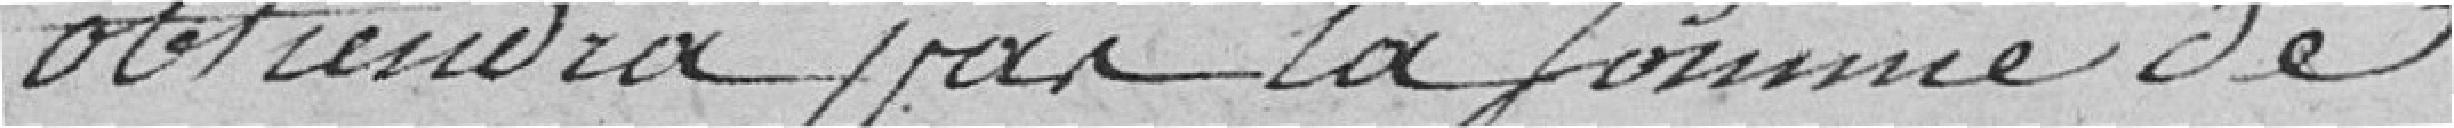
obtiendra par la somme de